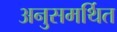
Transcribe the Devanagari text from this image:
अनुसमर्थित